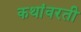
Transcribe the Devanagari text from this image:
कथांवरती